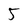
Character: 5